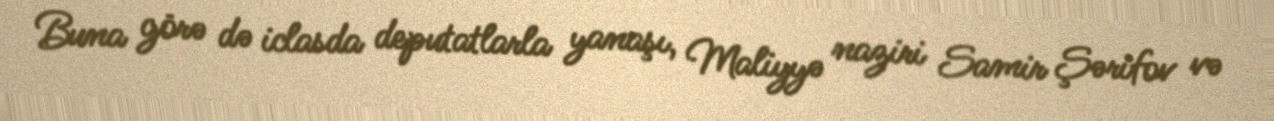
Buna görə də iclasda deputatlarla yanaşı, Maliyyə naziri Samir Şərifov və